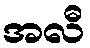
အလီ